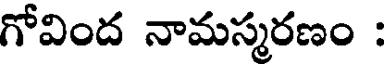
గోవింద నామస్మరణం :